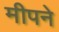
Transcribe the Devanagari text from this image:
मीपने